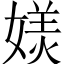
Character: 𭒏